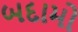
બદામો